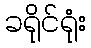
ခရိုင်ရုံး